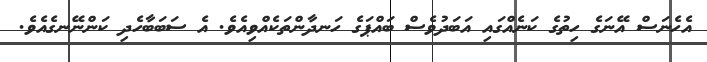
އެހެނަސް އޭނަގެ ހިތުގެ ކަނެއްގައި އަބަދުވެސް ބައްޕަގެ ހަނދާންތަކެއްވިއެވެ. އެ ސަބަބާހެދި ކަންނޭނގެއެވެ.